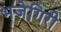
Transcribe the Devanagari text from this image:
भजेगिरी